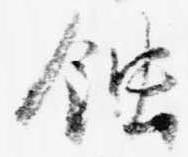
蝕